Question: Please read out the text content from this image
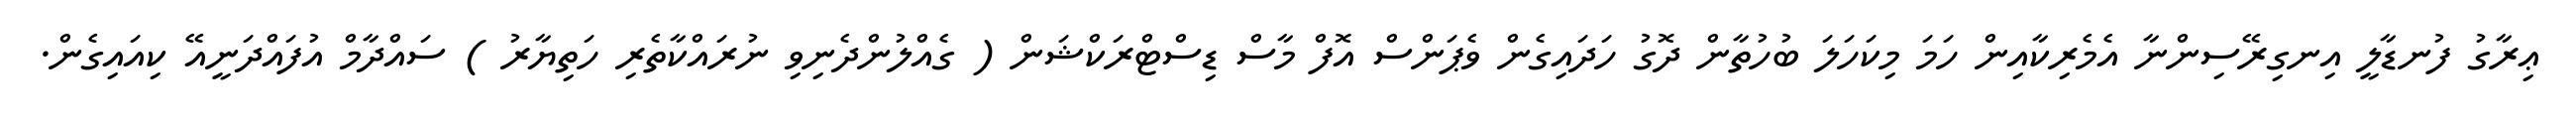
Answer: ޢިރާގު ފުނޑާލީ އިނގިރޭސިންނާ އެމެރިކާއިން ހަމަ މިކަހަލަ ބުހުތާން ދޮގު ހަދައިގެން ވެޕަންސް އޮފް މާސް ޑިސްޓްރަކްޝަން ( ގެއްލުންދެނިވި ނުރައްކާތެރި ހަތިޔާރު ) ސައްދާމް އުފައްދަނީއޭ ކިއައިގެން.